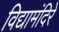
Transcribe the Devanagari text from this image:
विद्यामंदिरे